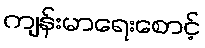
ကျန်းမာရေးစောင့်